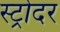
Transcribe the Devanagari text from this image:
स्ट्रोदर